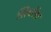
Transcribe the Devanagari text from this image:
सिवरेंस